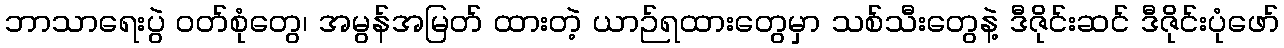
ဘာသာရေးပွဲ ဝတ်စုံတွေ၊ အမွန်အမြတ် ထားတဲ့ ယာဉ်ရထားတွေမှာ သစ်သီးတွေနဲ့ ဒီဇိုင်းဆင် ဒီဇိုင်းပုံဖော်